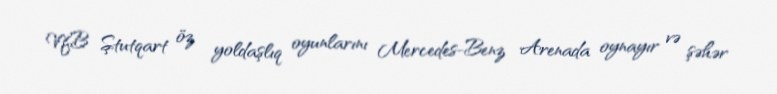
VfB Ştutqart öz yoldaşlıq oyunlarını Mercedes-Benz Arenada oynayır və şəhər